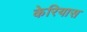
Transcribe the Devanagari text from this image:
केरियास